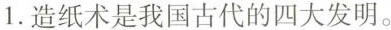
1.造纸术是我国古代的四大发明。